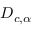
D _ { c , \alpha }